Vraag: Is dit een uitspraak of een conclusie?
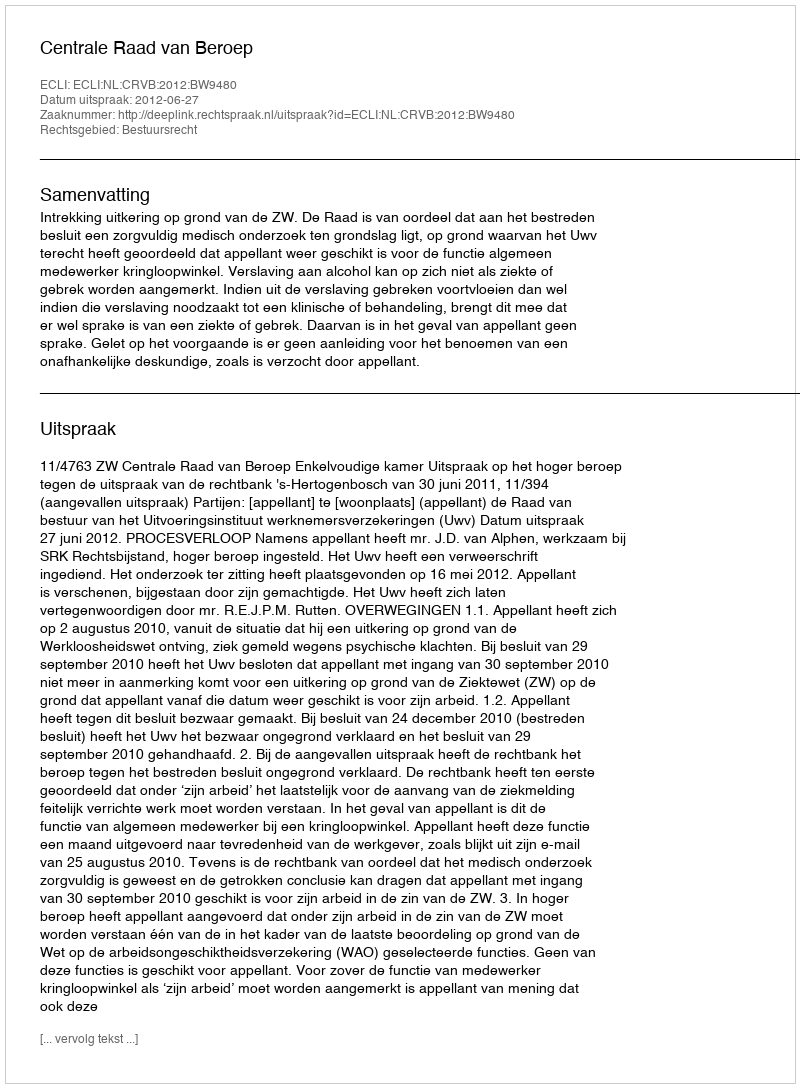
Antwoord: Uitspraak